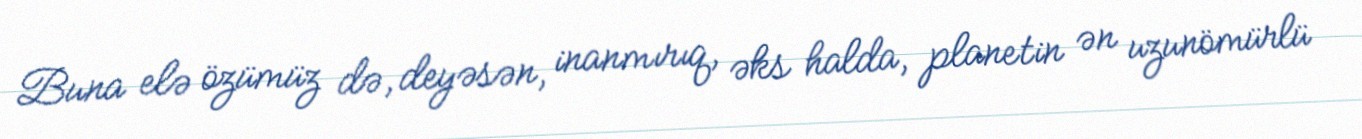
Buna elə özümüz də, deyəsən, inanmırıq, əks halda, planetin ən uzunömürlü